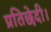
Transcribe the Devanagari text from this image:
प्रतिछेदी।